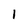
Character: 1